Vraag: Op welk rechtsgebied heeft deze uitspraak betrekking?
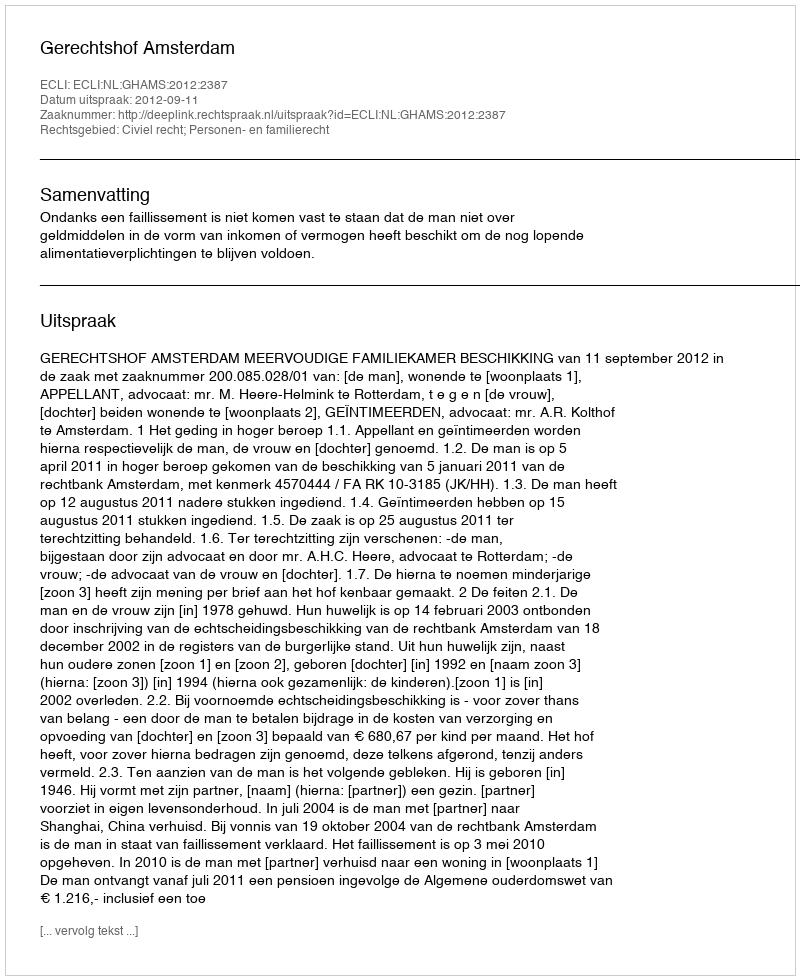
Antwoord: Civiel recht; Personen- en familierecht